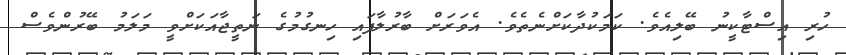
ހުރި އިސްޓާކީނު ބޭލިއެވެ. ކަމަކުދާކަށްނެތެވެ. އެވަރަށް ބާރުލާފައި ހިނގުމުގެ ނަތީޖާއަކަށްވީ މަލަމު ބޭރުންވެސް